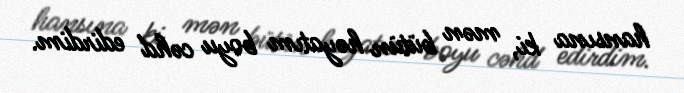
hansına ki, mən bütün həyatım boyu cəhd edirdim.